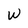
Character: w